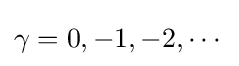
\gamma =0,-1,-2,\cdots